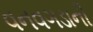
વનવગડાની